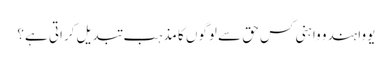
یووا ہندو واہنی کس حق سے لوگوں کا مذہب تبدیل کراتی ہے؟